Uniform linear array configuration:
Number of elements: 8
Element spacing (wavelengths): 0.75
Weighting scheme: uniform
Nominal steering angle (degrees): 45
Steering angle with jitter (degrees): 43.235
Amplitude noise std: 0.05
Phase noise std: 0.05

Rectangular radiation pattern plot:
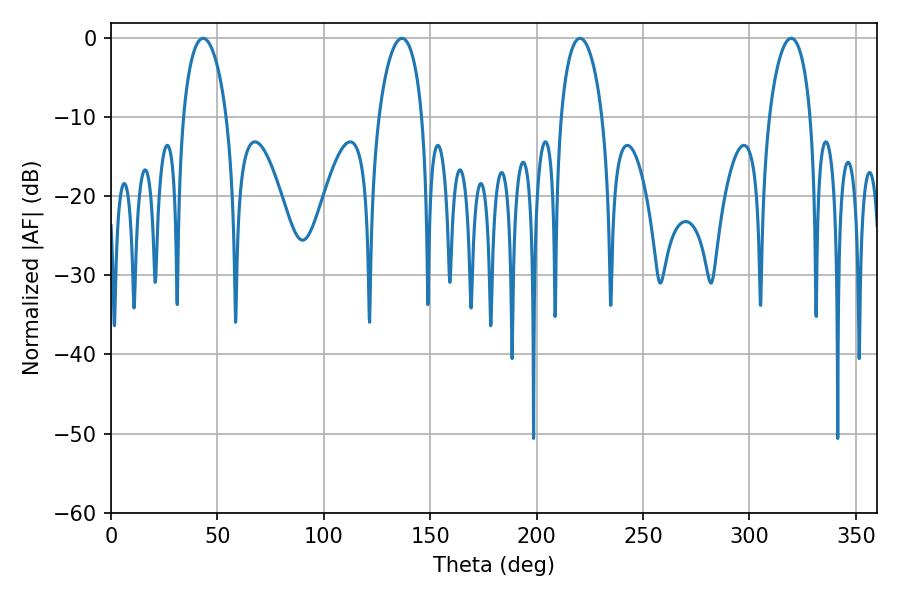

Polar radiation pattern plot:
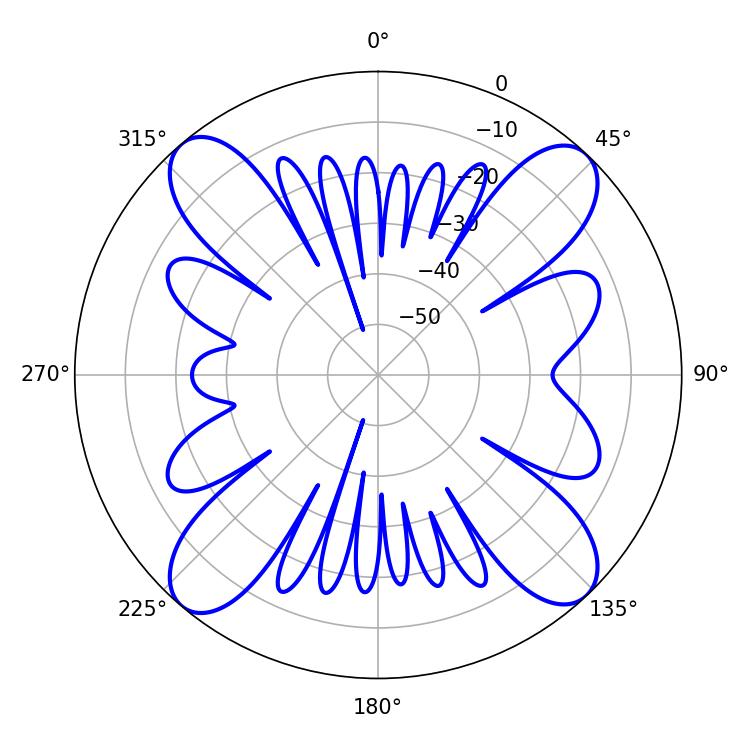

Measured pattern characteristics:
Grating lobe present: TRUE
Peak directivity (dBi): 17.578
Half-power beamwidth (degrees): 11.16
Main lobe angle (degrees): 220.32